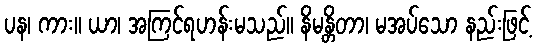
ပန၊ ကား။ ယာ၊ အကြင်ရဟန်းမသည်။ နိမန္တိတာ၊ မအပ်သော နည်းဖြင့်